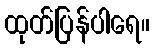
ထုတ်ပြန်ပါရေ။